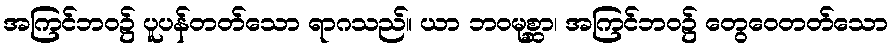
အကြင်ဘဝ၌ ပူပန်တတ်သော ရာဂသည်။ ယာ ဘဝမုစ္ဆာ၊ အကြင်ဘဝ၌ တွေဝေတတ်သော